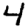
Digit: 4